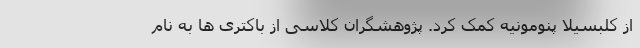
از کلبسیلا پنومونیه کمک کرد. پژوهشگران کلاسی از باکتری ها به نام